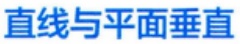
直线与平面垂直